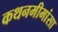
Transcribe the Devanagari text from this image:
कथनमीमांसा